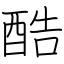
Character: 酷